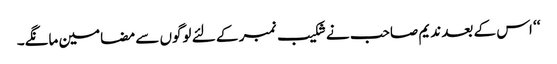
‘‘ اس کے بعد ندیم صاحب نے شکیب نمبر کے لئے لوگوں سے مضامین مانگے۔